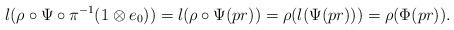
LaTeX: \begin{align*}l(\rho\circ \Psi\circ \pi^{-1}(1\otimes e_0))= l(\rho\circ \Psi(pr))=\rho(l(\Psi(pr)))=\rho(\Phi(pr)).\end{align*}